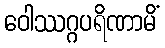
ဝေါဿဂ္ဂပရိဏာမိံ